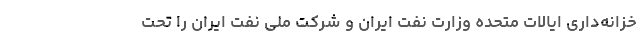
خزانه‌داری ایالات متحده وزارت نفت ایران و شرکت ملی نفت ایران را تحت